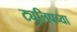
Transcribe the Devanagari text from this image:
ट्युलिपच्या